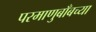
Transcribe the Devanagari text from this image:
परमाणुबाँबच्या